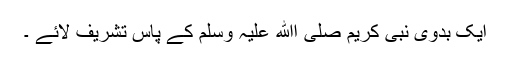
ایک بدوی نبی کریم صلی اﷲ علیہ وسلم کے پاس تشریف لائے ۔